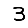
Digit: 3